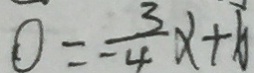
0 = - \frac { 3 } { 4 } x + b